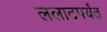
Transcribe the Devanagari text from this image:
ललाटपर्यंत